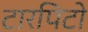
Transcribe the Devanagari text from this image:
टारपिटो